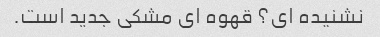
نشنیده ای؟ قهوه ای مشکی جدید است.